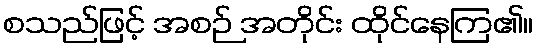
စသည်ဖြင့် အစဉ် အတိုင်း ထိုင်နေကြ၏။